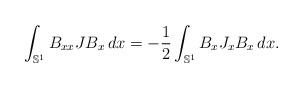
LaTeX: \begin{align*}\int_{\mathbb S^1} B_{xx}JB_x\, dx= - \frac12\int_{\mathbb S^1} B_xJ_{x}B_x\, dx.\end{align*}